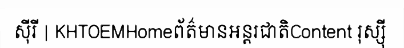
ស៊ីរី | KHTOEMHomeព័ត៌មានអន្តរជាតិContent រុស្ស៊ី